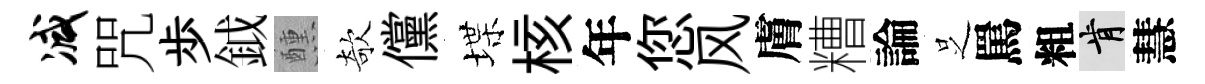
减咒歩鉞醺欹儻堞核年您风膚糟論𠯁罵粗肯慧